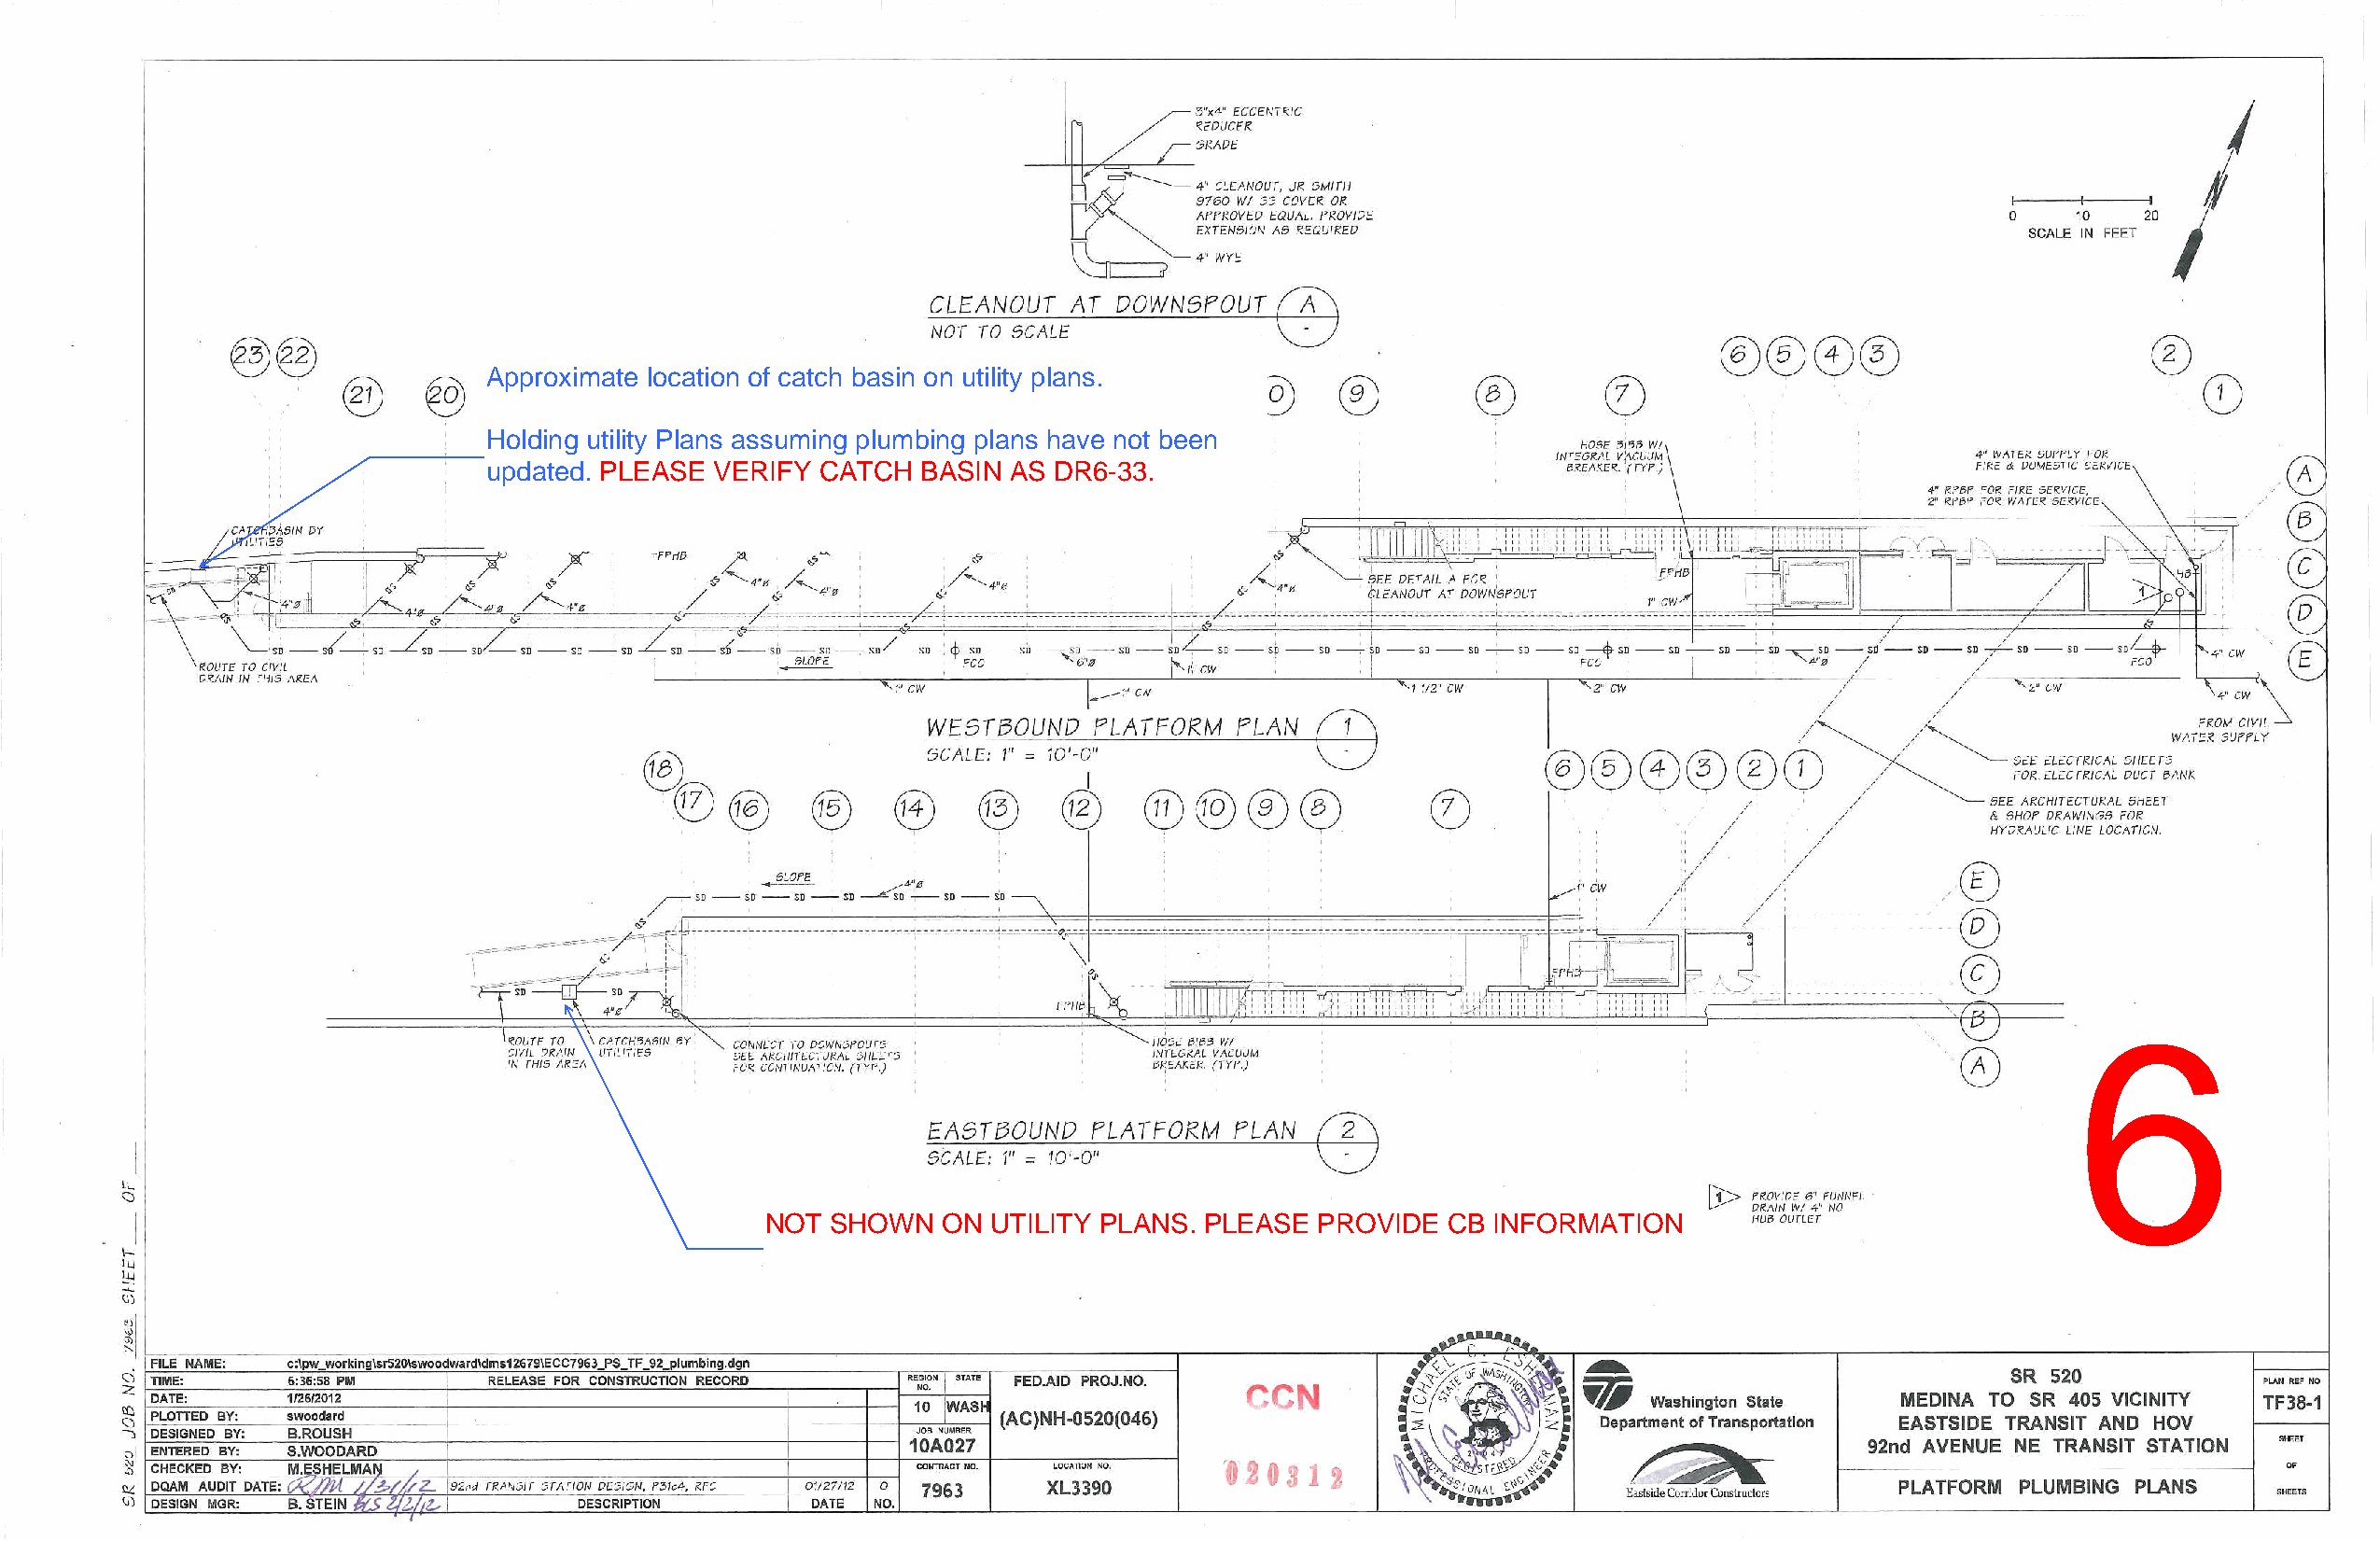
Approximate location of catch basin on utility plans.
 Holding utility Plans assuming plumbing plans have not been
 updated. PLEASE  VERIFY CATCH  BASIN  AS DR6-33.
 6
 NOT  SHOWN   ON UTILITY PLANS. PLEASE  PROVIDE   CB INFORMATION